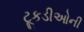
ટૂકડીઓની